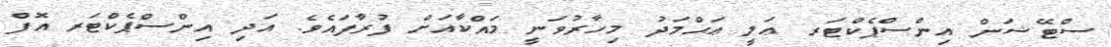
ސްޓޭޝަން އިންސްޕެކްޓަރ ޢަލީ ޢަޙްމަދު މިހާރުވަނީ މައްކާއަށް ފުރާފައެވެ. އަދި އިންސްޕެކްޓަރ އޮފް